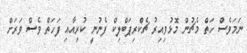
ނަމަވެސް ހަތް މެޗުން މޮޅުވިއިރު ޗެކްރިޕަބްލިކް ފެނުނީ ކުރިއާއި ފަހަތް ވެސް ވަރަށް